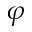
\varphi